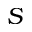
{ \cal S }